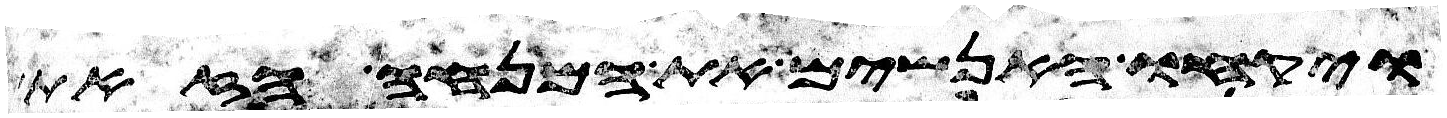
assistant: ויקחו האנשים את המנחה הזאת